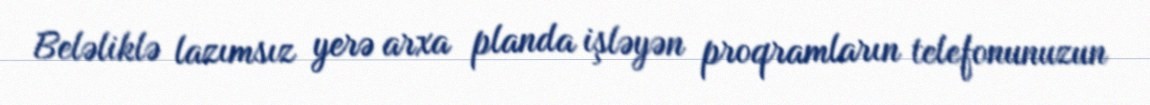
Beləliklə lazımsız yerə arxa planda işləyən proqramların telefonunuzun